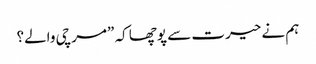
ہم نے حیرت سے پوچھا کہ ”مرچی والے؟